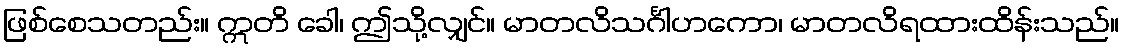
ဖြစ်စေသတည်း။ ဣတိ ခေါ၊ ဤသို့လျှင်။ မာတလိသင်္ဂါဟကော၊ မာတလိရထားထိန်းသည်။